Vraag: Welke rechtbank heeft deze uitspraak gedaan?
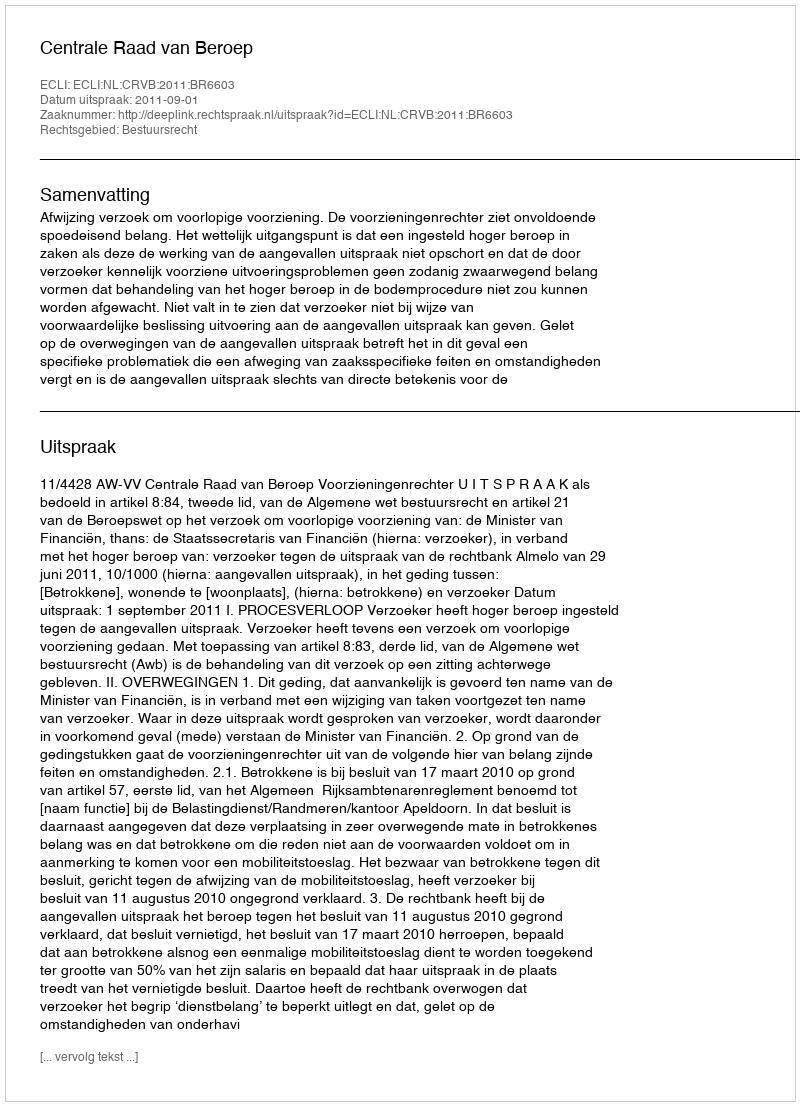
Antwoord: Centrale Raad van Beroep